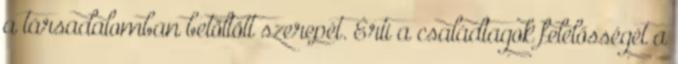
a társadalomban betöltött szerepét. Érti a családtagok felelősségét a